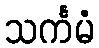
သင်္ကမံ